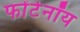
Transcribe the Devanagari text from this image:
फोंटेनॉय